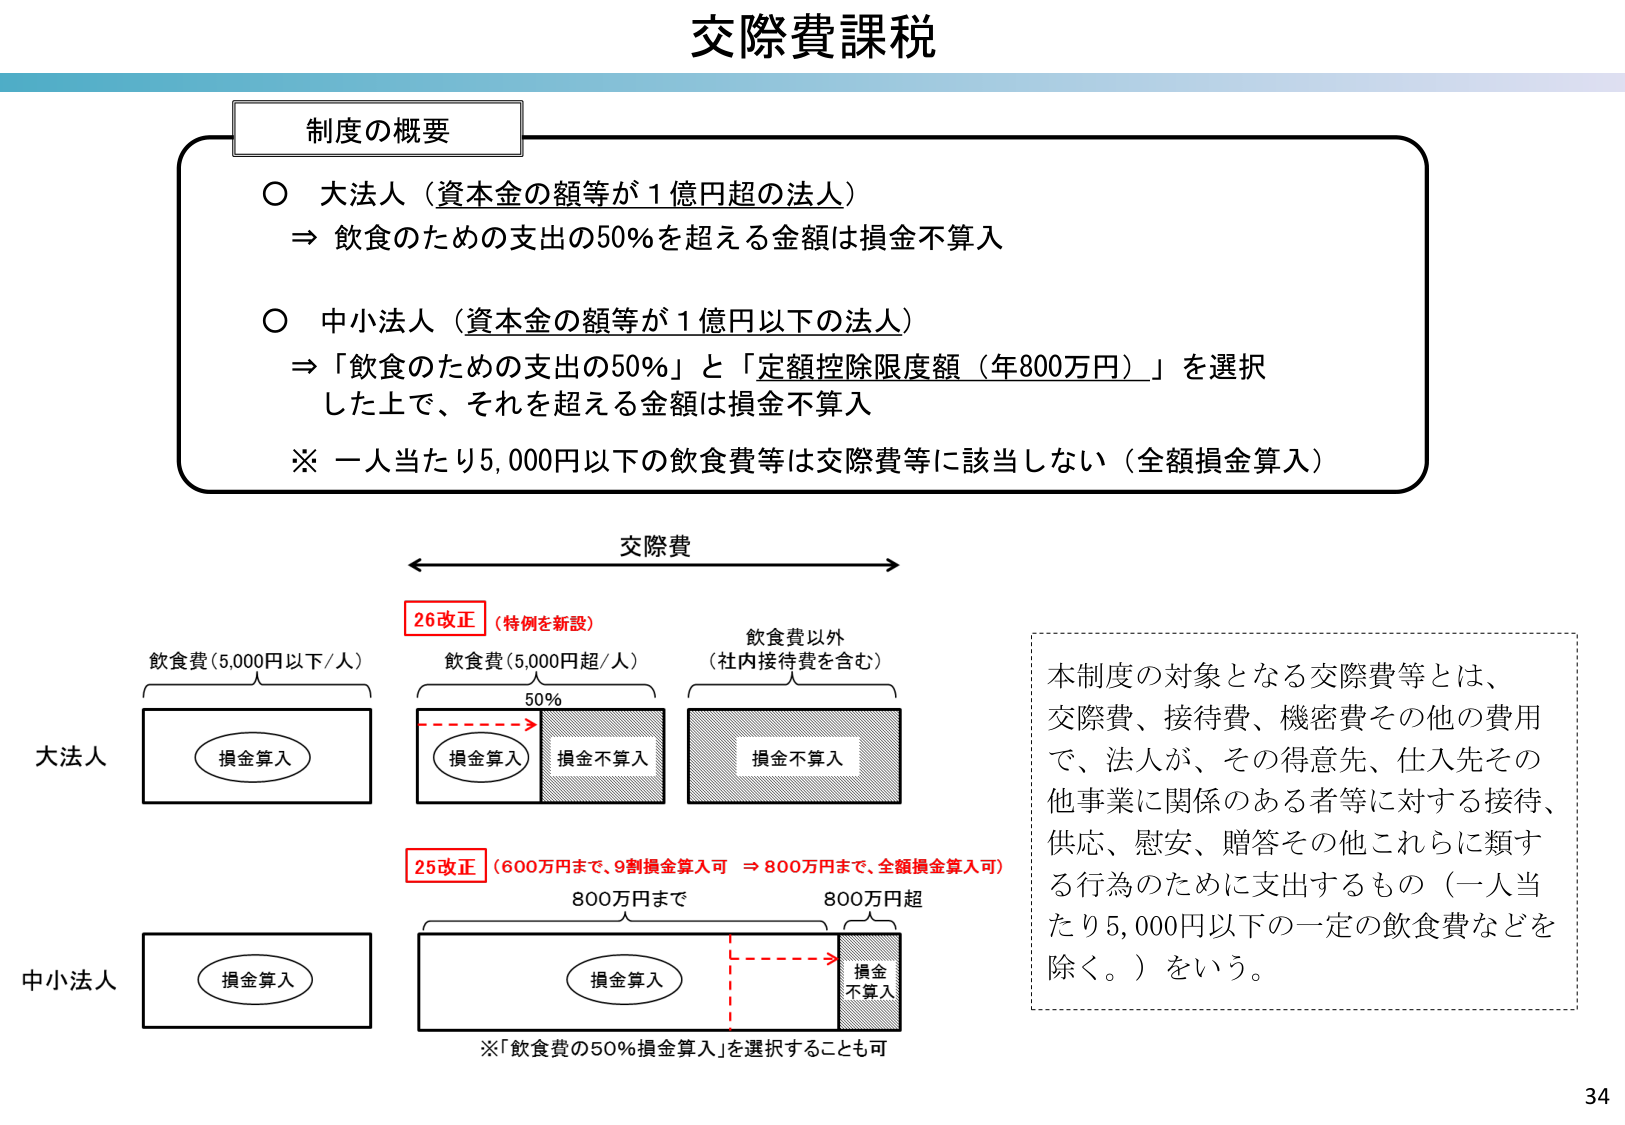
交際費課税

制度の概要
○ 大法人（資本金の額等が1億円超の法人）
⇒ 飲食のための支出の50％を超える金額は損金不算入

○ 中小法人（資本金の額等が1億円以下の法人）
⇒ 「飲食のための支出の50％」と「定額控除限度額（年800万円）」を選択
した上で、それを超える金額は損金不算入

※ 一人当たり5,000円以下の飲食費等は交際費等に該当しない（全額損金算入）

交際費

26改正（特例を新設）
飲食費（5,000円以下/人）
損金算入

飲食費（5,000円超/人）
50%
損金算入　損金不算入

飲食費以外
（社内接待費を含む）
損金不算入

25改正（600万円まで、9割損金算入可 ⇒ 800万円まで、全額損金算入可）
800万円まで
損金算入

800万円超
損金不算入

※「飲食費の50％損金算入」を選択することも可

本制度の対象となる交際費等とは、
交際費、接待費、機密費その他の費用
で、法人が、その得意先、仕入先その
他事業に関係のある者等に対する接待、
供応、慰安、贈答その他これらに類す
る行為のために支出するもの（一人当
たり5,000円以下の一定の飲食費などを
除く。）をいう。

34